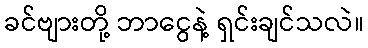
ခင်ဗျားတို့ ဘာငွေနဲ့ ရှင်းချင်သလဲ။